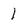
Character: I